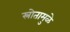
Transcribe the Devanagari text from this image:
स्रोतामुळे